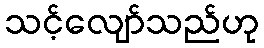
သင့်လျော်သည်ဟု